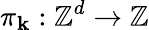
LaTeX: \pi_{\mathbf{k}}:\mathbb{{Z}}^{d}\to\mathbb{{Z}}